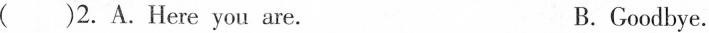
()2. A.Here you are.B. Goodbye.